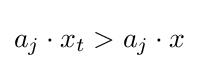
a_{j}\cdot x_{t}>a_{j}\cdot x